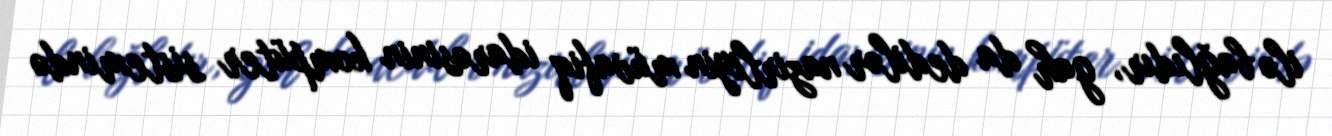
ilə bağlıdır, gah da dedilər nazirliyin müvafiq idarəsinin kompüter sistemində